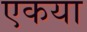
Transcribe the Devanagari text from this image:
एकया